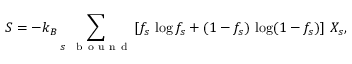
S = - k _ { B } \sum _ { s \mathrm { ~ \, ~ b ~ o ~ u ~ n ~ d ~ } } \left[ f _ { s } \, \log f _ { s } + ( 1 - f _ { s } ) \, \log ( 1 - f _ { s } ) \right] \, X _ { s } ,